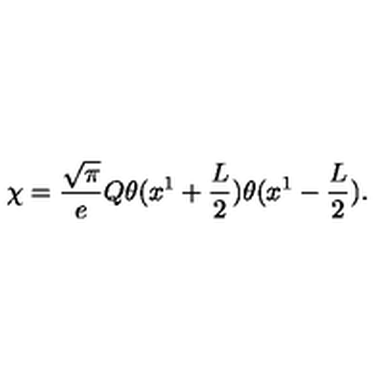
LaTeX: \chi = { \frac { \sqrt \pi } { e } } Q \theta ( x ^ { 1 } + { \frac { L } { 2 } } ) \theta ( x ^ { 1 } - { \frac { L } { 2 } } ) .